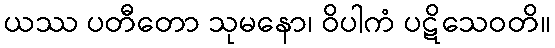
ယဿ ပတီတော သုမနော၊ ဝိပါကံ ပဋိသေဝတိ။